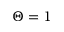
\Theta = 1